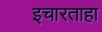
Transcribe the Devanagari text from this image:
इचारताहा